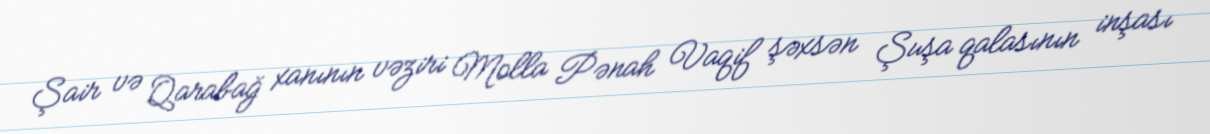
Şair və Qarabağ xanının vəziri Molla Pənah Vaqif şəxsən Şuşa qalasının inşası